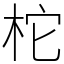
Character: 柁